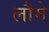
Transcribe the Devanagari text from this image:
लौमे